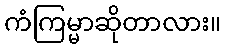
ကံကြမ္မာဆိုတာလား။